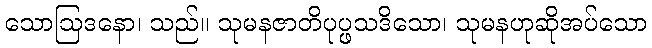
သောဩဒနော၊ သည်။ သုမနဇာတိပုပ္ဖသဒိသော၊ သုမနဟုဆိုအပ်သော